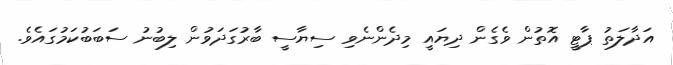
އަދާލަތު ޕާޓީ އޮތުން ވެގެން ދިޔައީ މިދެންނެވި ސިޔާސީ ބާރުގަދަވުން ލިބުނު ސަބަބުކަމުގައެވެ.